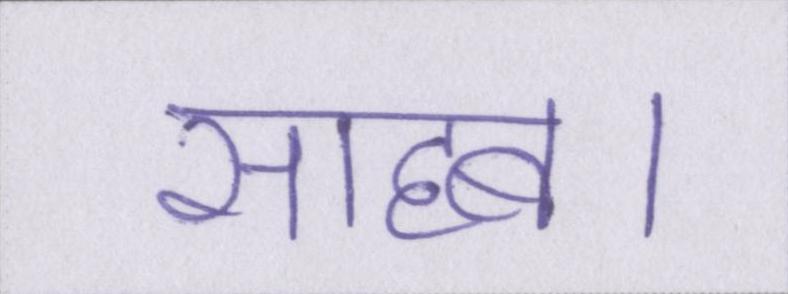
साहब।